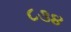
૮૩૪